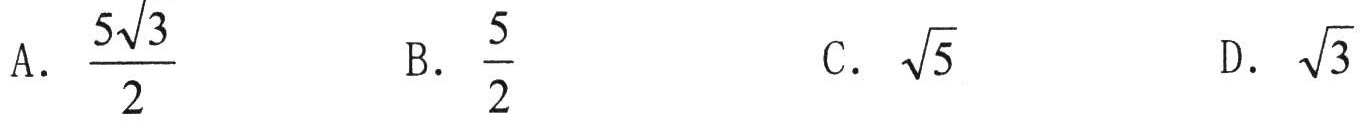
A. \(\frac{5\sqrt{3}}{2}\)  B. \(\frac{5}{2}\)  C. \(\sqrt{5}\)  D. \(\sqrt{3}\)